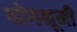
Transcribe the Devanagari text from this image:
योगभूमी